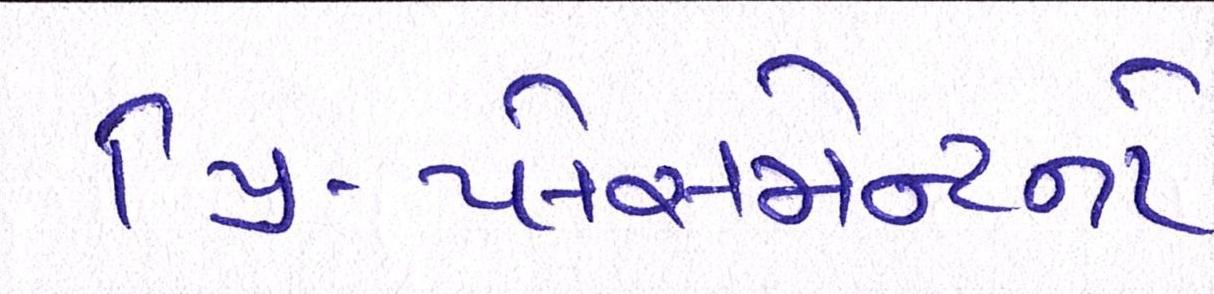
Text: પ્રિ-પ્લેસમેન્ટનો